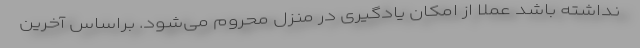
نداشته باشد عملا از امکان یادگیری در منزل محروم می‌شود. براساس آخرین